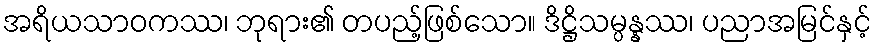
အရိယသာဝကဿ၊ ဘုရား၏ တပည့်ဖြစ်သော။ ဒိဋ္ဌိသမ္ပန္နဿ၊ ပညာအမြင်နှင့်